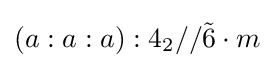
\left(a:a:a\right):4_{2}//{\tilde {6}}\cdot m